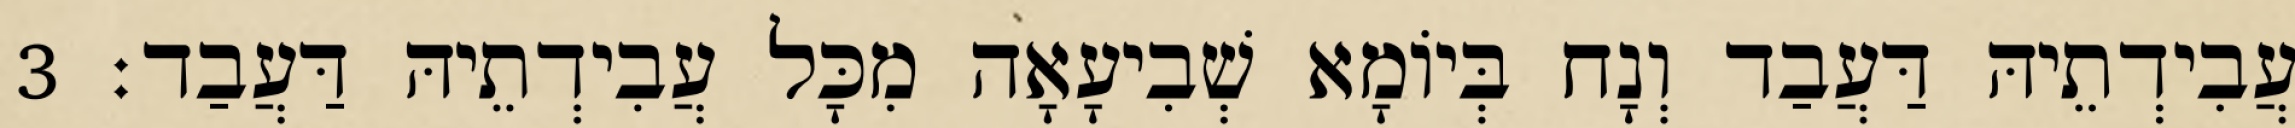
עֲבִידְתֵיהּ דַּעֲבַד וְנָח בְּיוֹמָא שְׁבִיעָאָה מִכָּל עֲבִידְתֵיהּ דַּעֲבַד׃ 3